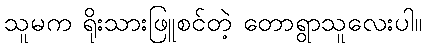
သူမက ရိုးသားဖြူစင်တဲ့ တောရွာသူလေးပါ။